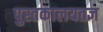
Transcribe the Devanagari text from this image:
पुस्तकालयतज्ञ